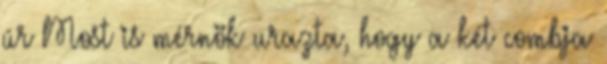
úr Most is mérnök urazta, hogy a két combja